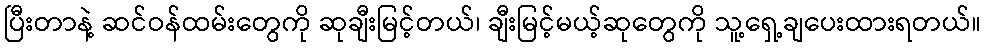
ပြီးတာနဲ့ ဆင်ဝန်ထမ်းတွေကို ဆုချီးမြင့်တယ်၊ ချီးမြင့်မယ့်ဆုတွေကို သူ့ရှေ့ချပေးထားရတယ်။